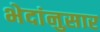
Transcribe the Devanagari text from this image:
भेदांनुसार